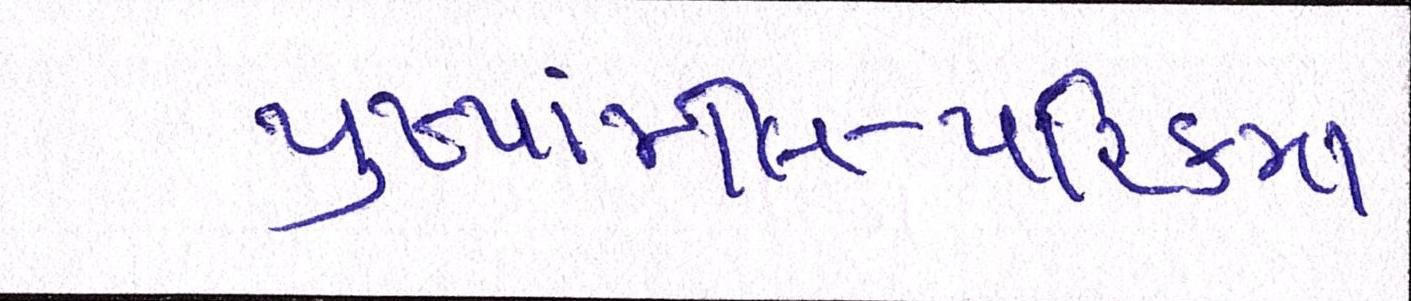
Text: પુષ્પાંજલિ-પરિક્રમા